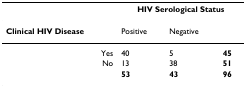
<table><thead><tr><td></td><td colspan="3"><b>HIV Serological Status</b></td></tr></thead><tbody><tr><td><b>Clinical HIV Disease</b></td><td>Positive</td><td>Negative</td><td></td></tr><tr><td>Yes</td><td>40</td><td>5</td><td><b>45</b></td></tr><tr><td>No</td><td>13</td><td>38</td><td><b>51</b></td></tr><tr><td></td><td><b>53</b></td><td><b>43</b></td><td><b>96</b></td></tr></tbody></table>